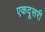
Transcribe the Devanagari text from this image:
एकदूसरी